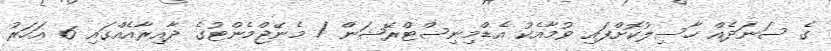
ގެ ސަނަދެއް ހާސިލުކޮށްފައި ވުމާއެކު އެޑްމިނިސްޓްރޭޝަން / މެނޭޖްމެންޓުގެ ދާއިރާއެއްގައި 6 އަހަރު